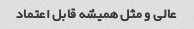
عالی و مثل همیشه قابل اعتماد